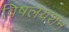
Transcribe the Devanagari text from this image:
विषलयशन